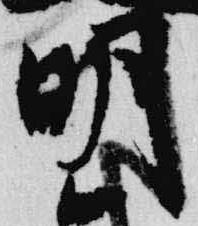
明